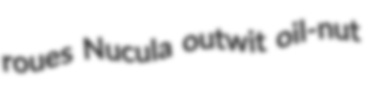
roues Nucula outwit oil-nut